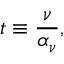
t \equiv { \frac { \nu } { \alpha _ { \nu } } } ,